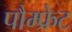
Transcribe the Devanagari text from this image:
पौम्‍फ्रेट